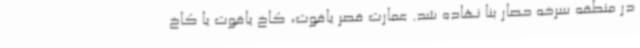
در منطقه سرخه حصار بنا نهاده شد. عمارت قصر یاقوت، کاخ یاقوت یا کاخ